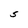
Character: S